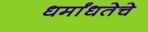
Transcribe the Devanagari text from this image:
धर्मांधतेचे